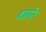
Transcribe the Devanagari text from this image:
वांगरे